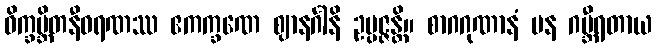
ဝိက္ခမ္ဘိတနီဝရဏဿ ဧကက္ခဏေ ဈာနင်္ဂါနိ ဥပ္ပဇ္ဇန္တိ။ စာဂဂုဏာနံ ပန ဂမ္ဘီရတာယ